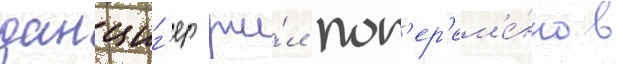
данциг'ер жи́л поп'ер'ем'е́нно в